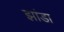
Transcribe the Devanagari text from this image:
झांडा